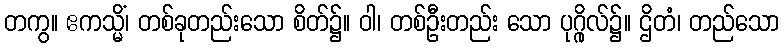
တကွ။ ဧကသ္မိံ၊ တစ်ခုတည်းသော စိတ်၌။ ဝါ၊ တစ်ဦးတည်း သော ပုဂ္ဂိုလ်၌။ ဌိတံ၊ တည်သော